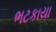
ભટકાયા